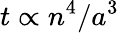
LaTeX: t\propto n^{4}/a^{3}